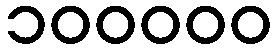
၁၀၀၀၀၀